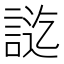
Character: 𮘔